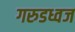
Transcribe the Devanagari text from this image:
गरुडध्वज